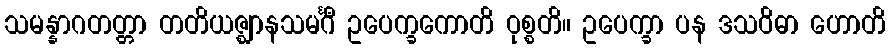
သမန္နာဂတတ္တာ တတိယဇ္ဈာနသမင်္ဂီ ဥပေက္ခကောတိ ဝုစ္စတိ။ ဥပေက္ခာ ပန ဒသဝိဓာ ဟောတိ